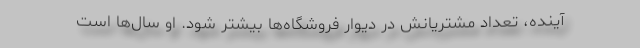
آینده، تعداد مشتریانش در دیوار فروشگاه‌ها بیشتر شود. او سال‌ها است